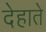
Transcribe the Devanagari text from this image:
देहाते